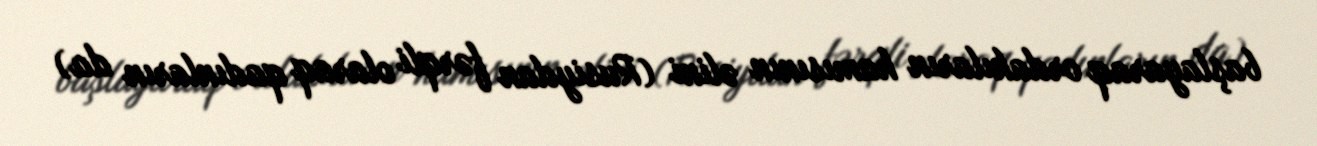
başlayaraq ordakıların hamısının əlini (Rusiydan fərqli olaraq qadınların da)